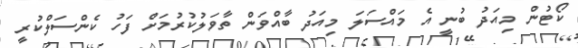
ކޯޓުން މިއަދު ބުނީ އެ މައްސަލަ މިއަދު ބާއްވަން ތާވަލުކުރުމަށް ފަހު ކެންސަލްކުރީ